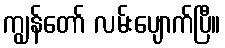
ကျွန်တော် လမ်းပျောက်ပြီ။